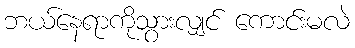
ဘယ်နေရာကိုသွားလျှင် ကောင်းမလဲ